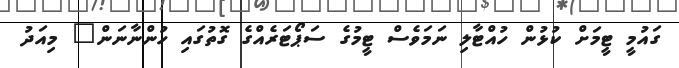
ގައުމީ ޓީމަށް ކުޅުން ހުއްޓާލި ނަމަވެސް ޓީމުގެ ސަޕޯޓަރެއްގެ ގޮތުގައި ހުންނާނަން" މިއަދު